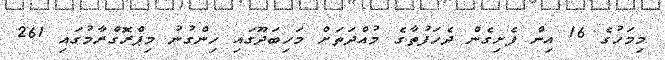
މިމަހުގެ 16 އިން ފެށިގެން ދެހަފުތާގެ މުއްދަތަށް މަހިބަދޫގައި ހިންގުނު މިޕްރޮގްރާމުގައި 261